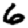
Digit: 6